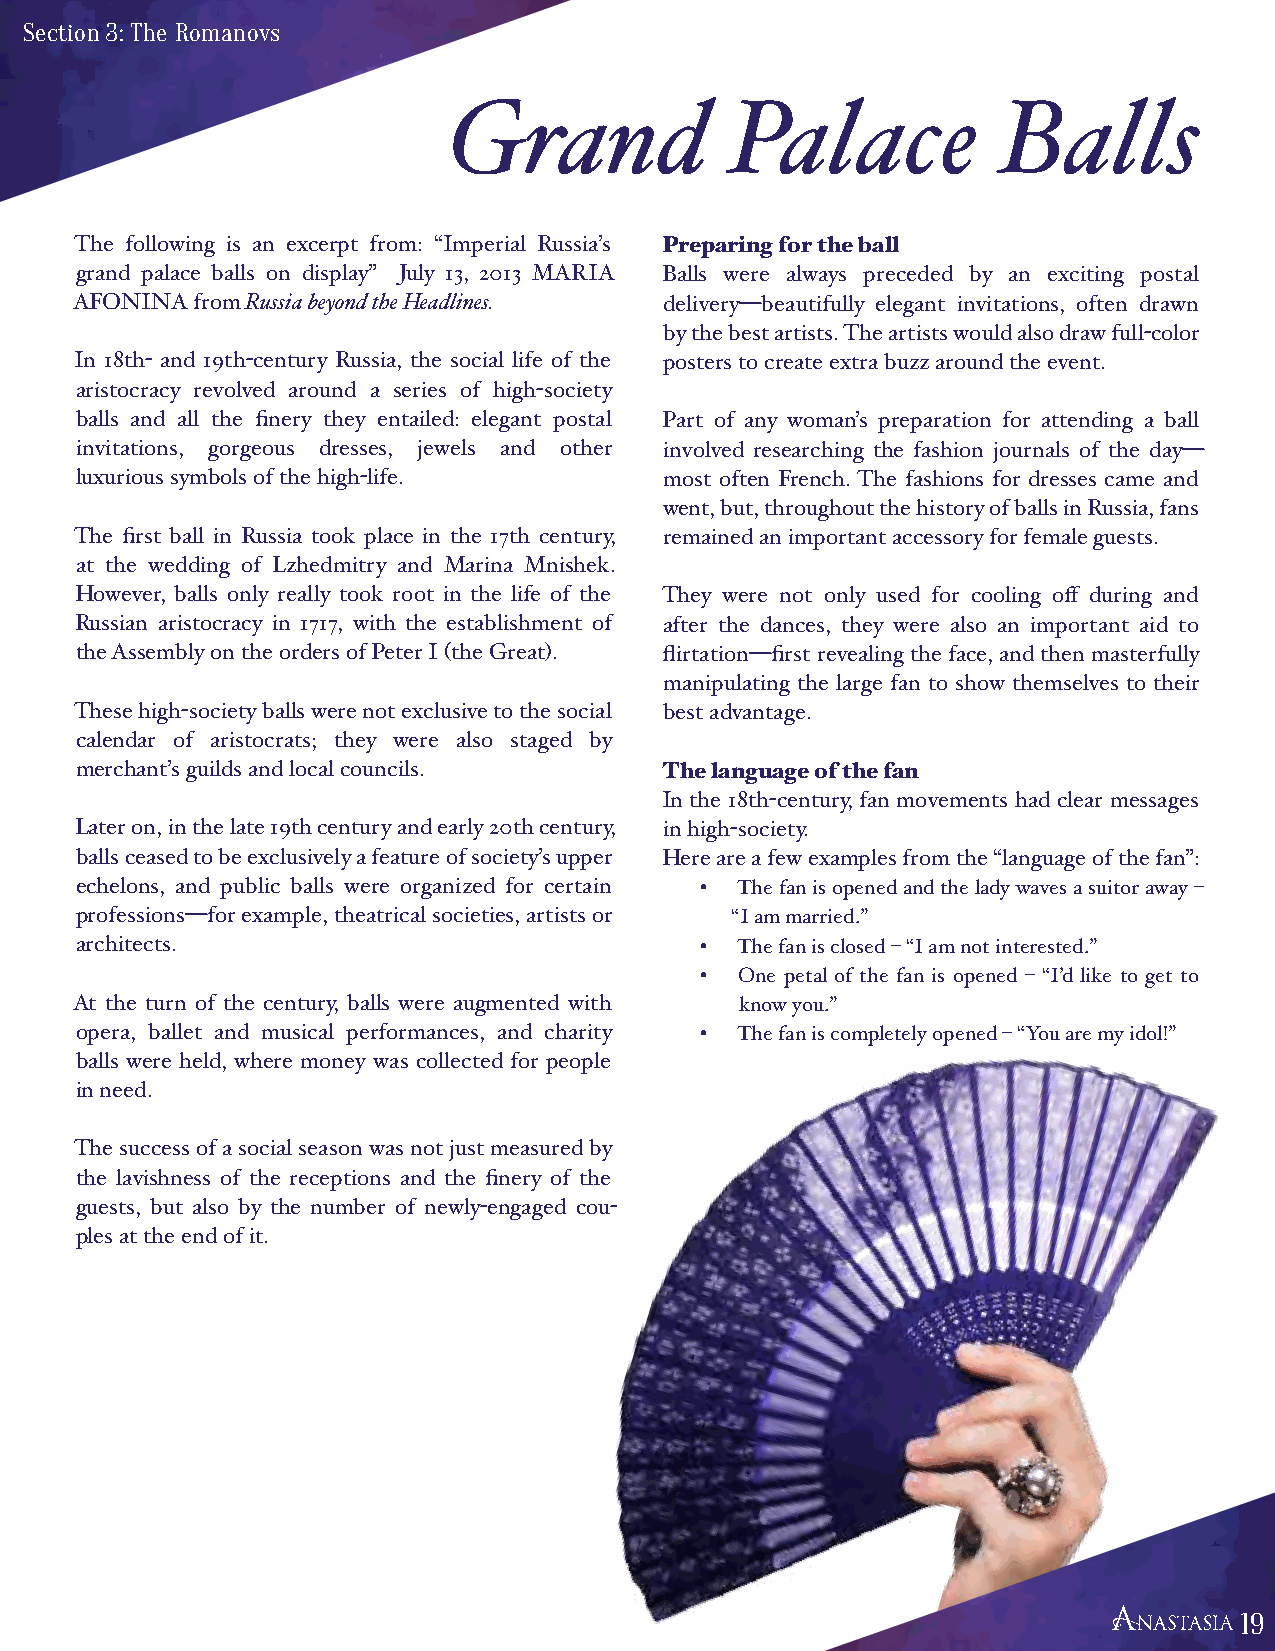
Section 3: The Romanovs
 Grand             Palace            Balls
 The following is an excerpt from: “Imperial Russia’s Preparing for the ball
 grand palace balls on display” July 13, 2013 MARIA Balls were always preceded by an exciting postal
 AFONINA from Russia beyond the Headlines. delivery—beautifully elegant invitations, often drawn
 by the best artists. The artists would also draw full-color
 In 18th- and 19th-century Russia, the social life of the posters to create extra buzz around the event.
 aristocracy revolved around a series of high-society
 balls and all the finery they entailed: elegant postal Part of any woman’s preparation for attending a ball
 invitations, gorgeous dresses, jewels and other involved researching the fashion journals of the day—
 luxurious symbols of the high-life.    most often French. The fashions for dresses came and
 went, but, throughout the history of balls in Russia, fans
 The first ball in Russia took place in the 17th century, remained an important accessory for female guests.
 at the wedding of Lzhedmitry and Marina Mnishek.
 However, balls only really took root in the life of the They were not only used for cooling off during and
 Russian aristocracy in 1717, with the establishment of after the dances, they were also an important aid to
 the Assembly on the orders of Peter I (the Great). flirtation—first revealing the face, and then masterfully
 manipulating the large fan to show themselves to their
 These high-society balls were not exclusive to the social best advantage.
 calendar of aristocrats; they were also staged by
 merchant’s guilds and local councils.  The language of the fan
 In the 18th-century, fan movements had clear messages
 Later on, in the late 19th century and early 20th century, in high-society.
 balls ceased to be exclusively a feature of society’s upper Here are a few examples from the “language of the fan”:
 echelons, and public balls were organized for certain • The fan is opened and the lady waves a suitor away –
 professions—for example, theatrical societies, artists or “I am married.”
 architects.                              •  The fan is closed – “I am not interested.”
 •  One petal of the fan is opened – “I’d like to get to
 At the turn of the century, balls were augmented with know you.”
 opera, ballet and musical performances, and charity • The fan is completely opened – “You are my idol!”
 balls were held, where money was collected for people
 in need.
 The success of a social season was not just measured by
 the lavishness of the receptions and the finery of the
 guests, but also by the number of newly-engaged cou-
 ples at the end of it.
 19